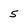
Character: 5